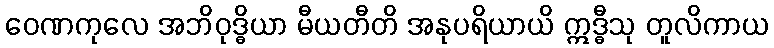
ဝေဏကုလေ အဘိဝုဒ္ဓိယာ မီယတီတိ အနုပရိယာယိ ဣဒ္ဓီသု တူလိကာယ